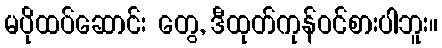
မပိုထပ်ဆောင်း တွေ, ဒီထုတ်ကုန်ဝင်စားပါဘူး။